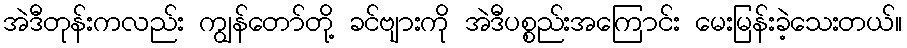
အဲဒီတုန်းကလည်း ကျွန်တော်တို့ ခင်ဗျားကို အဲဒီပစ္စည်းအကြောင်း မေးမြန်းခဲ့သေးတယ်။